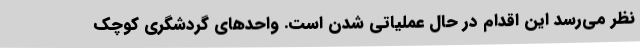
نظر می‌رسد این اقدام در حال عملیاتی شدن است. واحدهای گردشگری کوچک